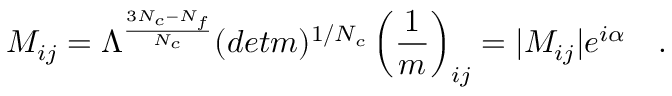
M _ { i j } = \Lambda ^ { { \frac { 3 N _ { c } - N _ { f } } { N _ { c } } } } ( d e t m ) ^ { 1 / N _ { c } } \left( { \frac { 1 } { m } } \right) _ { i j } = | M _ { i j } | e ^ { i \alpha } ~ ~ ~ .